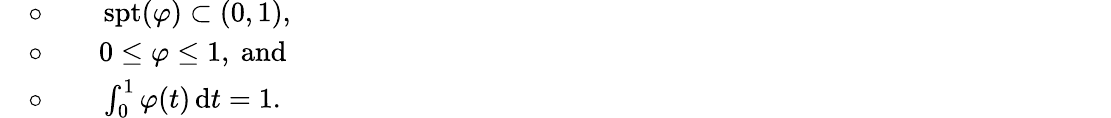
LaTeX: \begin{array}{rl}&{\circ\qquad\operatorname{spt}(\varphi)\subset(0,1),\qquad\qquad\qquad\qquad\qquad\qquad\qquad\qquad\qquad\qquad\qquad\qquad\qquad\qquad\quad}\\ &{\circ\qquad 0\leq\varphi\leq 1,\mathrm{~and}\qquad\qquad\qquad\qquad\qquad}\\ &{\circ\qquad\int_{0}^{1}\varphi(t)\, \mathrm{d}t=1.}\end{array}